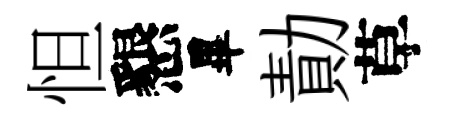
怛懇畢勣草